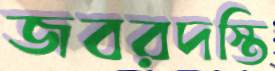
জবরদস্তি